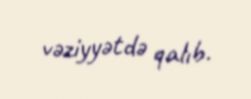
vəziyyətdə qalıb.